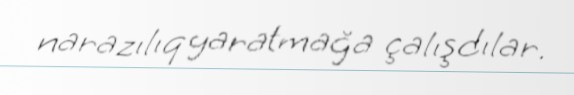
narazılıq yaratmağa çalışdılar.